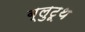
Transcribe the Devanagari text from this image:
ब्लुटूथ